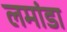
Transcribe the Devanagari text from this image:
लमांडा